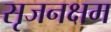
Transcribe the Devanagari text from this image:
सृजनक्षम